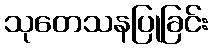
သုတေသနပြုခြင်း